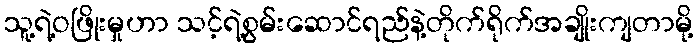
သူ့ရဲ့ဝဖြိုးမှုဟာ သင့်ရဲ့စွမ်းဆောင်ရည်နဲ့တိုက်ရိုက်အချိုးကျတာမို့